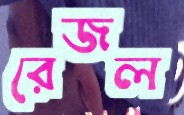
রেজল